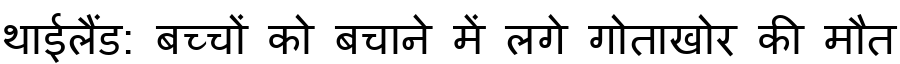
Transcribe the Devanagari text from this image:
थाईलैंड: बच्चों को बचाने में लगे गोताखोर की मौत